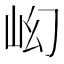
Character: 𡵿